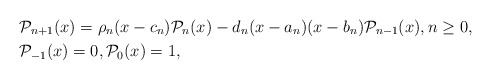
\begin{align*}& \mathcal{P}_{n+1}(x) =\rho_n (x-c_n)\mathcal{P}_n(x)-d_n (x-a_n)(x-b_n)\mathcal{P}_{n-1}(x), n\geq 0, \\& \mathcal{P}_{-1}(x) = 0, \mathcal{P}_0(x) = 1,\end{align*}